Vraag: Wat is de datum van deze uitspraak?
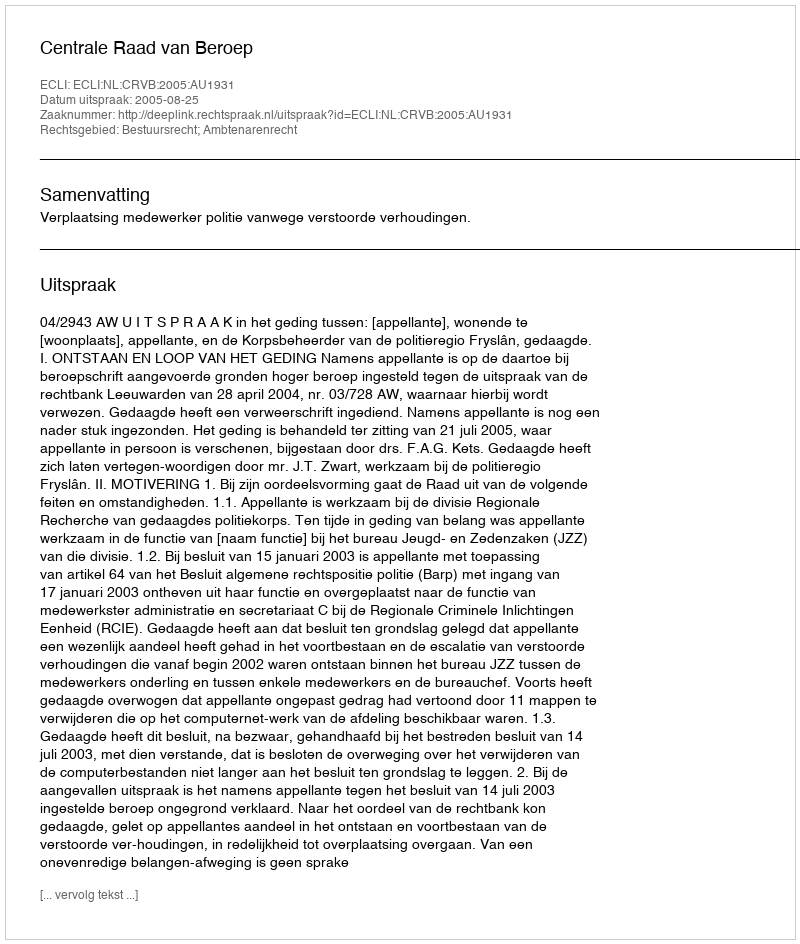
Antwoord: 2005-08-25